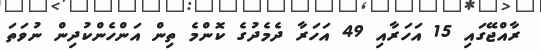
ރާއްޖޭގައި 15 އަހަރާއި 49 އަހަރާ ދެމެދުގެ ކޮންމެ ތިން އަންހެންކުދިން ނުވަތަ